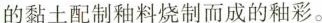
的黏土配制釉料烧制而成的釉彩。